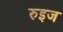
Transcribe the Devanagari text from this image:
रुइज